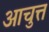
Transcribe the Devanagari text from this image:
आचुत्त